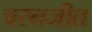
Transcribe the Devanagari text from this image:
चरनजीत